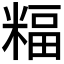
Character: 𥻅